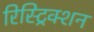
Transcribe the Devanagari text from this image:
रिस्ट्रिक्शन